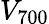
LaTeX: V_{700}